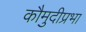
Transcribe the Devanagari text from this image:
कौमुदीप्रभा